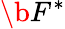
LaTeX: \b{F}^{*}